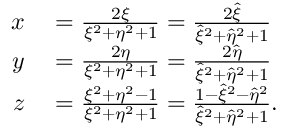
\begin{array} { r l } { x } & { { } = \frac { 2 \xi } { \xi ^ { 2 } + \eta ^ { 2 } + 1 } = \frac { 2 \hat { \xi } } { \hat { \xi } ^ { 2 } + \hat { \eta } ^ { 2 } + 1 } } \\ { y } & { { } = \frac { 2 \eta } { \xi ^ { 2 } + \eta ^ { 2 } + 1 } = \frac { 2 \hat { \eta } } { \hat { \xi } ^ { 2 } + \hat { \eta } ^ { 2 } + 1 } } \\ { z } & { { } = \frac { \xi ^ { 2 } + \eta ^ { 2 } - 1 } { \xi ^ { 2 } + \eta ^ { 2 } + 1 } = \frac { 1 - \hat { \xi } ^ { 2 } - \hat { \eta } ^ { 2 } } { \hat { \xi } ^ { 2 } + \hat { \eta } ^ { 2 } + 1 } . } \end{array}